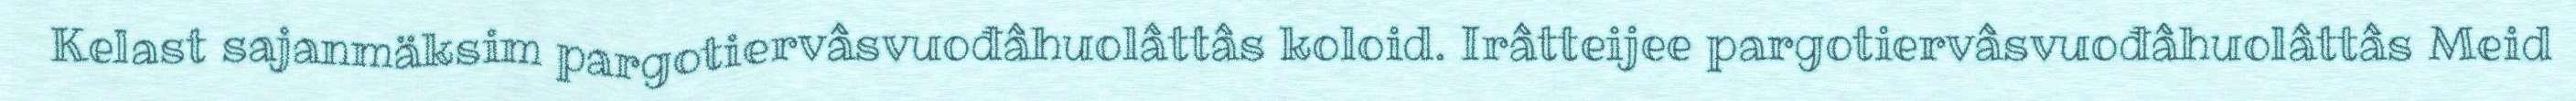
Kelast sajanmäksim pargotiervâsvuođâhuolâttâs koloid. Irâtteijee pargotiervâsvuođâhuolâttâs Meid